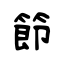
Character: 節